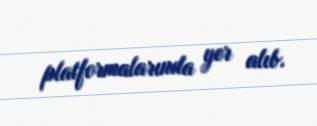
platformalarında yer alıb.